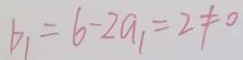
b _ { 1 } = 6 - 2 a _ { 1 } = 2 \neq 0